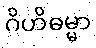
ဂိဟိဓမ္မာ